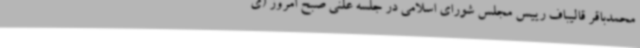
محمدباقر قالیباف رییس مجلس شورای اسلامی در جلسه علنی صبح امروز (ی